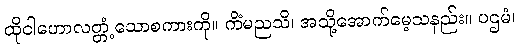
ထိုငါဟောလတ္တံ့သောစကားကို။ ကိံမညသိ၊ အသို့အောက်မေ့သနည်း။ ပဌမံ၊